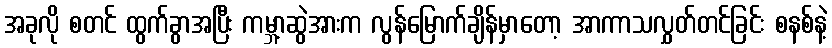
အခုလို စတင် ထွက်ခွာအပြီး ကမ္ဘာ့ဆွဲအားက လွန်မြောက်ချိန်မှာတော့ အာကာသလွှတ်တင်ခြင်း စနစ်နဲ့